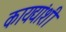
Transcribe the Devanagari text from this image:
कायद्यांशी